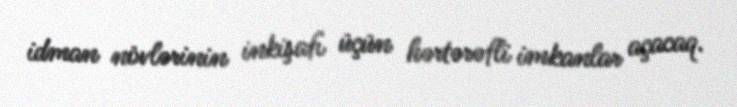
idman növlərinin inkişafı üçün hərtərəfli imkanlar açacaq.